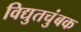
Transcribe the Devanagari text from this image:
विद्युतचुंबक